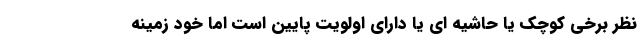
نظر برخی کوچک یا حاشیه ای یا دارای اولویت پایین است اما خود زمینه